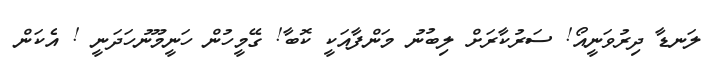
ލަނޑާ ދިރުވަނީއޯ! ސަރުކާރަށް ލިބުނު މަންފާއަކީ ކޮބާ! ގޭމީހުން ހަނީމޫނުހަދަނީ ! އެކަން